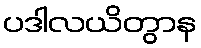
ပဒါလယိတွာန